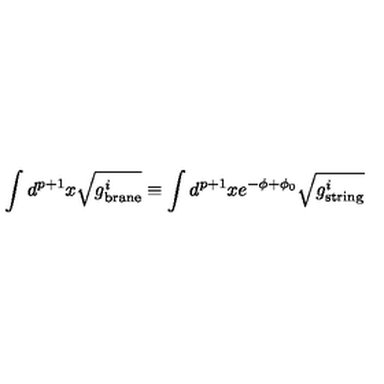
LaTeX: \int d ^ { p + 1 } x \sqrt { g _ { \mathrm { \scriptsize b r a n e } } ^ { i } } \equiv \int d ^ { p + 1 } x e ^ { - \phi + \phi _ { 0 } } \sqrt { g _ { \mathrm { \scriptsize s t r i n g } } ^ { i } }